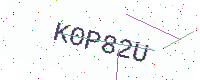
Text: K0P82U